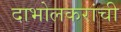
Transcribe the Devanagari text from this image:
दाभोलकरांची